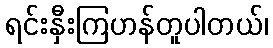
ရင်းနှီးကြဟန်တူပါတယ်၊